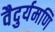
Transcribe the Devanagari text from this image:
वैदुर्यमणि